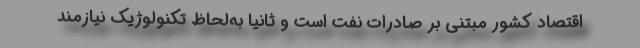
اقتصاد کشور مبتنی بر صادرات نفت است و ثانیاً به‌لحاظ تکنولوژیک نیازمند